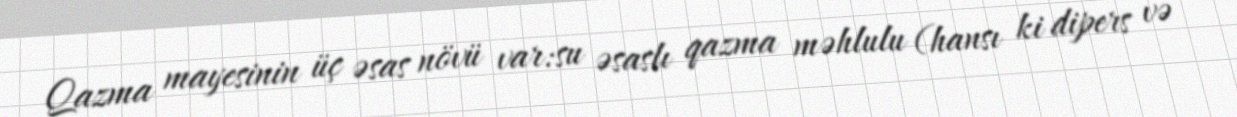
Qazma mayesinin üç əsas növü var:su əsaslı qazma məhlulu (hansı ki dipers və